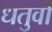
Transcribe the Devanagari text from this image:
धतुवों